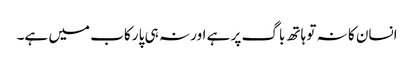
انسان کا نہ تو ہاتھ باگ پر ہے اور نہ ہی پا رکاب میں ہے۔